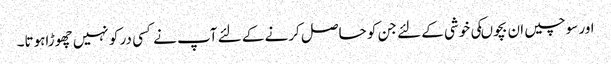
اور سوچیں ان بچوںکی خوشی کے لئے جن کو حاصل کرنے کے لئے آپ نے کسی در کو نہیں چھوڑاہوتا۔